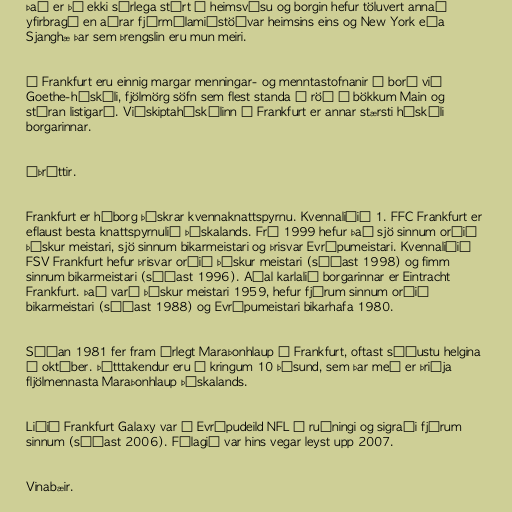
Það er þó ekki sérlega stórt á heimsvísu og borgin hefur töluvert annað
yfirbragð en aðrar fjármálamiðstöðvar heimsins eins og New York eða
Sjanghæ þar sem þrengslin eru mun meiri.

Í Frankfurt eru einnig margar menningar- og menntastofnanir á borð við
Goethe-háskóli, fjölmörg söfn sem flest standa í röð á bökkum Main og
stóran listigarð. Viðskiptaháskólinn í Frankfurt er annar stærsti háskóli
borgarinnar.

Íþróttir.

Frankfurt er háborg þýskrar kvennaknattspyrnu. Kvennaliðið 1. FFC Frankfurt er
eflaust besta knattspyrnulið Þýskalands. Frá 1999 hefur það sjö sinnum orðið
þýskur meistari, sjö sinnum bikarmeistari og þrisvar Evrópumeistari. Kvennaliðið
FSV Frankfurt hefur þrisvar orðið þýskur meistari (síðast 1998) og fimm
sinnum bikarmeistari (síðast 1996). Aðal karlalið borgarinnar er Eintracht
Frankfurt. Það varð þýskur meistari 1959, hefur fjórum sinnum orðið
bikarmeistari (síðast 1988) og Evrópumeistari bikarhafa 1980.

Síðan 1981 fer fram árlegt Maraþonhlaup í Frankfurt, oftast síðustu helgina
í október. Þátttakendur eru í kringum 10 þúsund, sem þar með er þriðja
fljölmennasta Maraþonhlaup Þýskalands.

Liðið Frankfurt Galaxy var í Evrópudeild NFL í ruðningi og sigraði fjórum
sinnum (síðast 2006). Félagið var hins vegar leyst upp 2007.

Vinabæir.